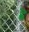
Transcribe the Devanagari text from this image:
ह्ल